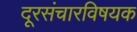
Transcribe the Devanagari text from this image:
दूरसंचारविषयक